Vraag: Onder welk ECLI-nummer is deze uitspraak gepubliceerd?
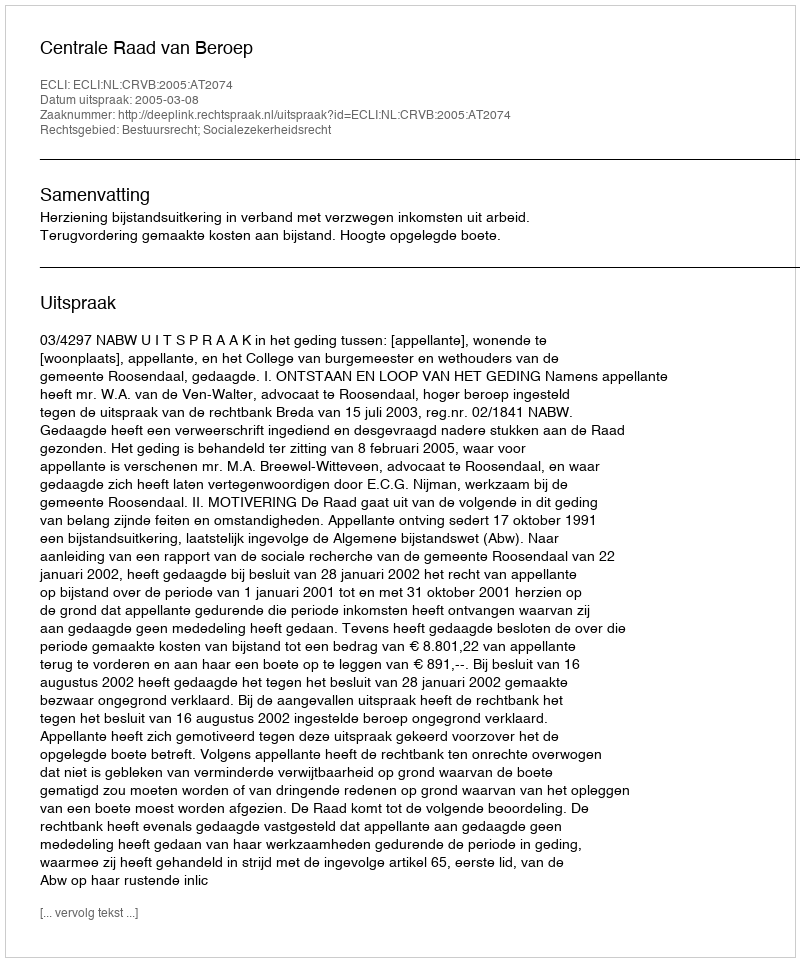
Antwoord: ECLI:NL:CRVB:2005:AT2074